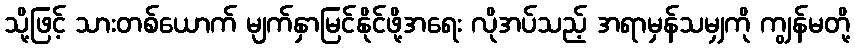
သို့ဖြင့် သားတစ်ယောက် မျက်နှာမြင်နိုင်ဖို့အရေး လိုအပ်သည့် အရာမှန်သမျှကို ကျွန်မတို့